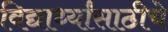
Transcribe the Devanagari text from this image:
विद्यार्थ्यांसाठीचे